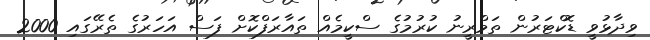
ވިދާޅުވީ ޑޮކްޓަރުން ތަމްރީނު ކުރުމުގެ ސްކީމެއް ތައާރަފްކޮށް ފަސް އަހަރުގެ ތެރޭގައި 2000